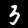
Digit: 3